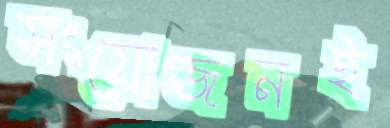
সংযোজনই